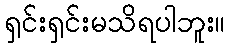
ရှင်းရှင်းမသိရပါဘူး။